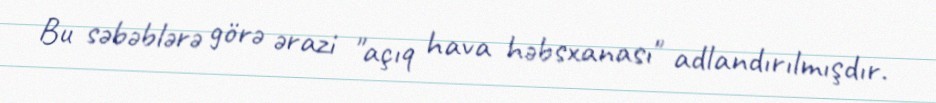
Bu səbəblərə görə ərazi "açıq hava həbsxanası" adlandırılmışdır.